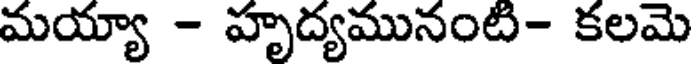
మయ్యా - హృద్యమునంటి- కలమె